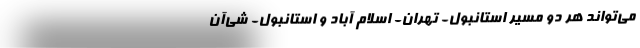
می‌تواند هر دو مسیر استانبول- تهران- اسلام آباد و استانبول- شی‌آن